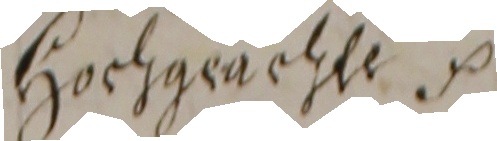
hochgeachte etc.